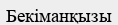
Бекіманқызы